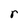
Character: r